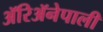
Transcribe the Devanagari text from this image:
ॲरिॲनेपाली